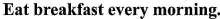
Eat breakfast every morning.